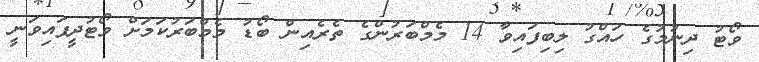
ވޯޓު ދިނުމުގެ ހައްގު ލިބިފައިވާ 14 މެމްބަރުންގެ ތެރެއިން ބޯޑު މެމްބަރުކަމަށް ވޯޓުދީފައިވަނީ